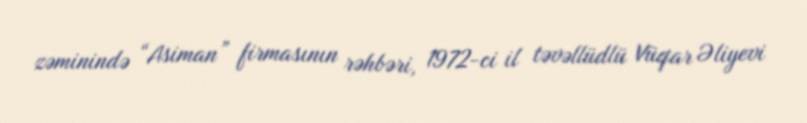
zəminində “Asiman” firmasının rəhbəri, 1972-ci il təvəllüdlü Vüqar Əliyevi